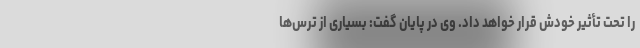
را تحت تأثیر خودش قرار خواهد داد. وی در پایان گفت: بسیاری از ترس‌ها